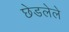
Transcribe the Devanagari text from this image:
छेडलेले